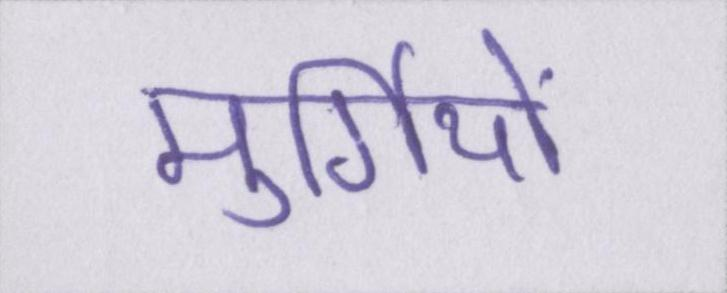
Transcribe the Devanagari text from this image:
मुर्गियों